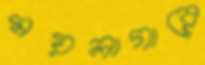
ময়লাগারে